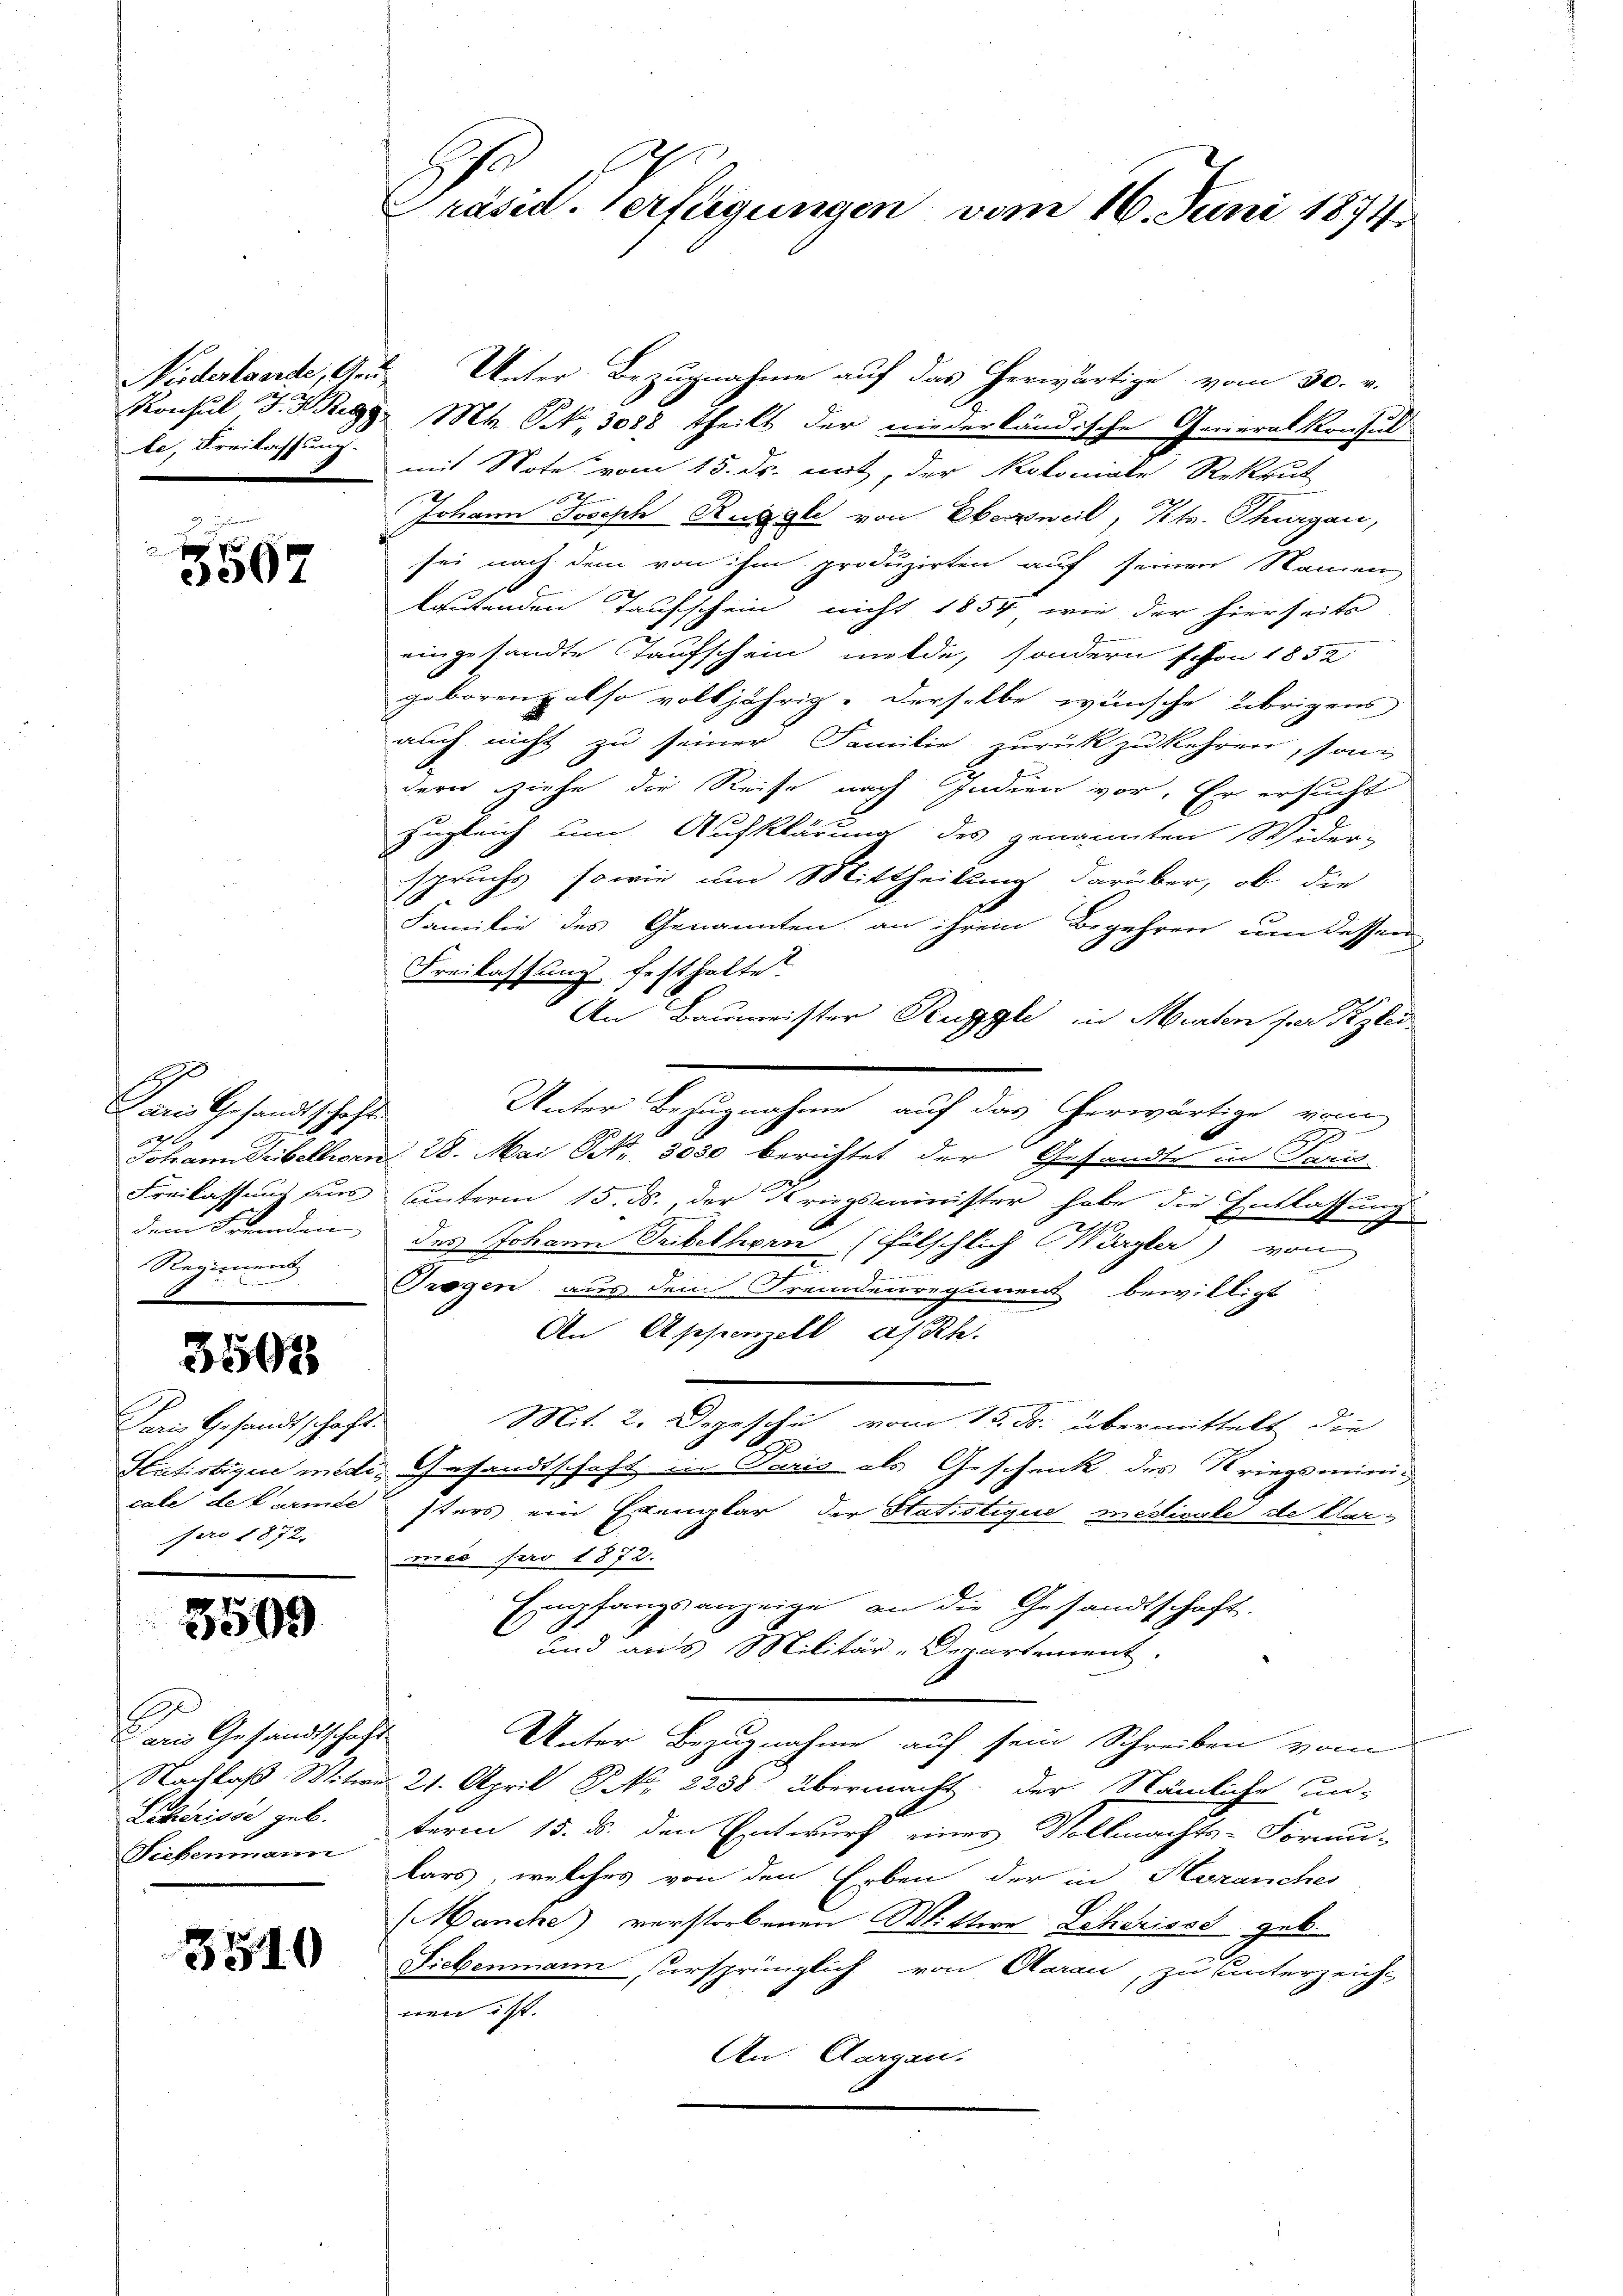
le, Freilassung.

3567

1
Paris Gesandtschaft.
ahl
Regiment

3507

Paris Gesandtschaft.
Nro 1872.

3509

Der Gesandtschaft
Lekerisse geb.
Siebenmann

3510

Prasid. Verfügungen vom 16. Juni 18771

Niderloerde, Ge Unter Bezugnahme auf das erwärtige vom 30. v.
Konsul F. P. R. M. Nr. 3088 theilt der niederländische Generalkonsul
mit Note vom 15. ds. mit, der Rotoniale Rekrut

Johann Joseph Ruggli von Oberweil, Kt. Thurgau,
sei nach dem von ihm produzirten auf seinen Namen
lautenden Taufschein nicht 1857 wie der hierseits
eingesandte Taufschein melde, sondern schon 1852
geborenz also volljährig. Derselbe wünsche übrigens
auch nicht zu seiner Familie zurückzukehren, son
dern ziehe die Reise nach Indien vor. Er ersucht
zugleich um Aufklärung des genannten Wider-
spruchs, sowie um Mittheilung darüber, ob die
Familie des Genannten, an ihrem Begehren um dessen
Freilassung festhalte.
An Baumeister Ruggli in Murten per glei
Unter Bezugnahme auf das herwärtige vom
Johann Tribelhorn 28. Mai Nr. 3030 berichtet der Gesandte in Fami
Freilassung aus unterm 15. ds., der Kriegsminister habe die Entlassung
dem Fremden des Johann Tribelhorn (fälschlich Würgler) von
7
Trogen, aus dem Fremdenregiment bewilligt
An Appenzell a/Rh.
Mit. 2. Depesche vom 15. ds. übermittelt die
Statistique medi, Gesandtschaft in Paris als Geschenk des Kriegsminicale de Carmee sters ein Exemplar der Statistique mestivale de Clarmes pro 1872.
Empfangsanzeige an die Gesandtschaft.
und aus Militär-Departement.
Unter Bezugnahme auf sein Schreiben vom
Nachlaß Witwe 21. April No 2238 übermacht, der Nämliche un-
term 15. ds. den Entwurf eines Vollmachts-Formu-
lars, welches von den Erben der in Heranches
Manche) verstorbenen Mittere Leherisse geb.
Liebenmann ursprünglich von Aarau, zu unterzeich
nen ist.
An: Aargau,